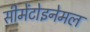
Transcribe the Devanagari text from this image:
सीमेंटोइनेमल